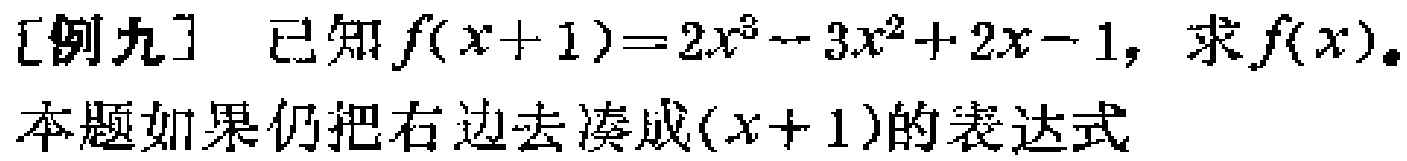
[例九] 已知 \(f(x + 1)=2x^{3}-3x^{2}+2x - 1\)，求 \(f(x)\)。
本题如果仍把右边去凑成\((x + 1)\)的表达式